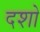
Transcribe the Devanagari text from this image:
दशो